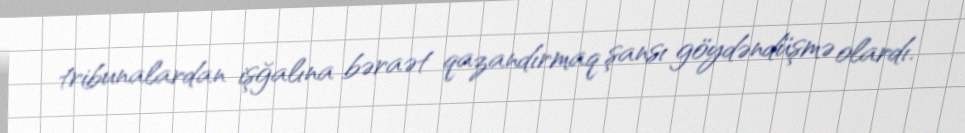
tribunalardan işğalına bəraət qazandırmaq şansı göydəndüşmə olardı.